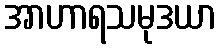
အာဟာရသမုဒယာ